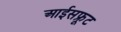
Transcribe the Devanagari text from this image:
आईसफ्रूट